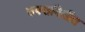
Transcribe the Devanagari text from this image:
उपसमितीत